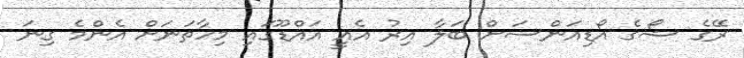
ރޭގެ ޝޯގެ އޯޑިއަންސަށް ބަލާ އިރު އެއީ އައްޑޫގައި މިހާތަނަށް އެންމެ ގިނަ